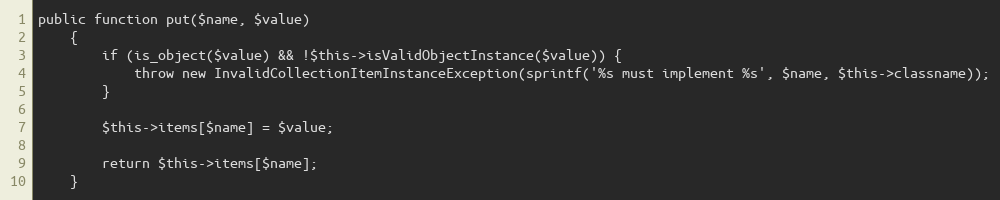
Language: PHP
public function put($name, $value)
    {
        if (is_object($value) && !$this->isValidObjectInstance($value)) {
            throw new InvalidCollectionItemInstanceException(sprintf('%s must implement %s', $name, $this->classname));
        }

        $this->items[$name] = $value;

        return $this->items[$name];
    }